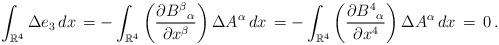
LaTeX: \begin{align*}\int_{\mathbb{R}^4} \Delta e_3\,dx\,=-\int_{\mathbb{R}^4}\left(\frac{\partial B^\beta{}_\alpha}{\partial x^\beta}\right)\Delta A^\alpha\,dx\,=-\int_{\mathbb{R}^4}\left(\frac{\partial B^4{}_\alpha}{\partial x^4}\right)\Delta A^\alpha\,dx\,=\,0\,.\end{align*}